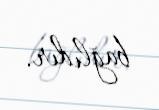
bağlıdır.